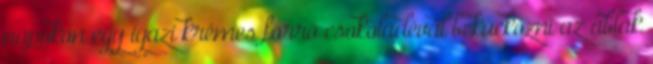
napokon egy igazi krémes forró csokoládéval bekuckózni az ablak